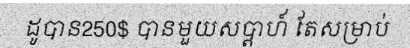
ដូបាន250$ បានមួយសប្តាហ៍ តែសម្រាប់